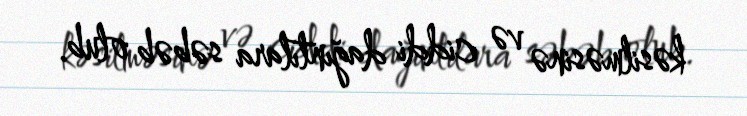
kəsilməsinə və ciddi dağıntılara səbəb olub.